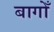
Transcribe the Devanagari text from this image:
बागोँ